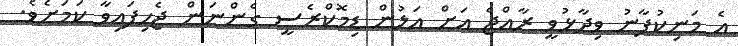
އެ މަނިކުފާނު ވިދާޅުވީ ރާއްޖެ އަށް އަލުން ޑިމޮކްރެސީ ގެންނަން ޖެހިފައިވާ ކަމަށެވެ.